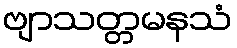
ဗျာသတ္တမနသံ